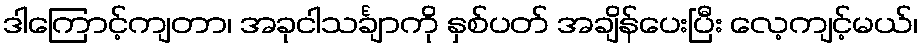
ဒါကြောင့်ကျတာ၊ အခုငါသင်္ချာကို နှစ်ပတ် အချိန်ပေးပြီး လေ့ကျင့်မယ်၊